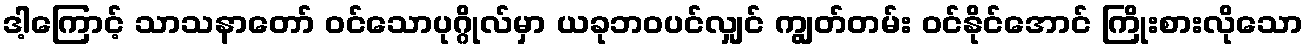
ဒါ့ကြောင့် သာသနာတော် ဝင်သောပုဂ္ဂိုလ်မှာ ယခုဘဝပင်လျှင် ကျွတ်တမ်း ဝင်နိုင်အောင် ကြိုးစားလိုသော